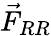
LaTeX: \vec{F}_{RR}